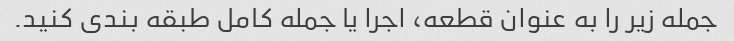
جمله زیر را به عنوان قطعه، اجرا یا جمله کامل طبقه بندی کنید.